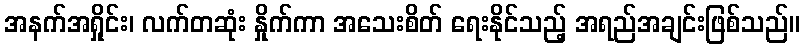
အနက်အရှိုင်း၊ လက်တဆုံး နှိုက်ကာ အသေးစိတ် ရေးနိုင်သည့် အရည်အချင်းဖြစ်သည်။